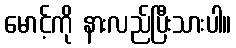
မောင့်ကို နားလည်ပြီးသားပါ။